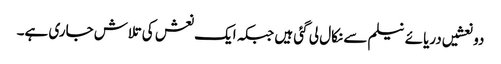
دو نعشیں دریائے نیلم سے نکال لی گئی ہیں جبکہ ایک نعش کی تلاش جاری ہے۔